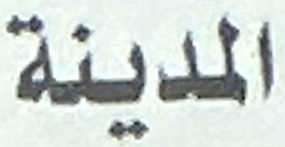
المدينة